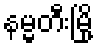
နမ္မတီးမြို့